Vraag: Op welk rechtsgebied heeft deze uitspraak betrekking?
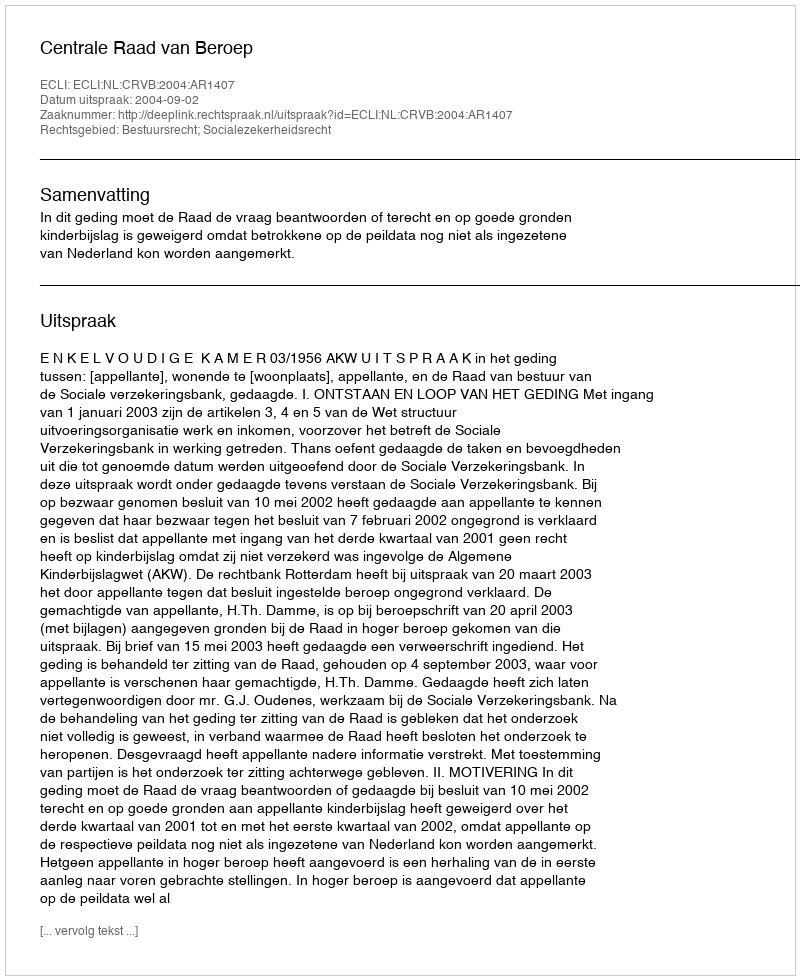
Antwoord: Bestuursrecht; Socialezekerheidsrecht